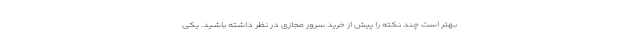
بهتر است چند نکته را پیش از خرید سرور مجازی در نظر داشته باشید. یکی